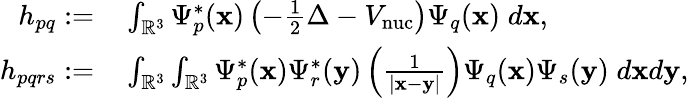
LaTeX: \begin{array}{rl}{h_{pq}:=}&{{}\int_{\mathbb{R}^{3}}\Psi_{p}^{*}(\mathbf{x})\left(-\frac{1}{2}\Delta-V_{\mathrm{nuc}}\right)\Psi_{q}(\mathbf{x})\; d\mathbf{x},}\\ {h_{pqrs}:=}&{{}\int_{\mathbb{R}^{3}}\int_{\mathbb{R}^{3}}\Psi_{p}^{*}(\mathbf{x})\Psi_{r}^{*}(\mathbf{y})\left(\frac{1}{|\mathbf{x}-\mathbf{y}|}\right)\Psi_{q}(\mathbf{x})\Psi_{s}(\mathbf{y})\; d\mathbf{x}d\mathbf{y},}\end{array}